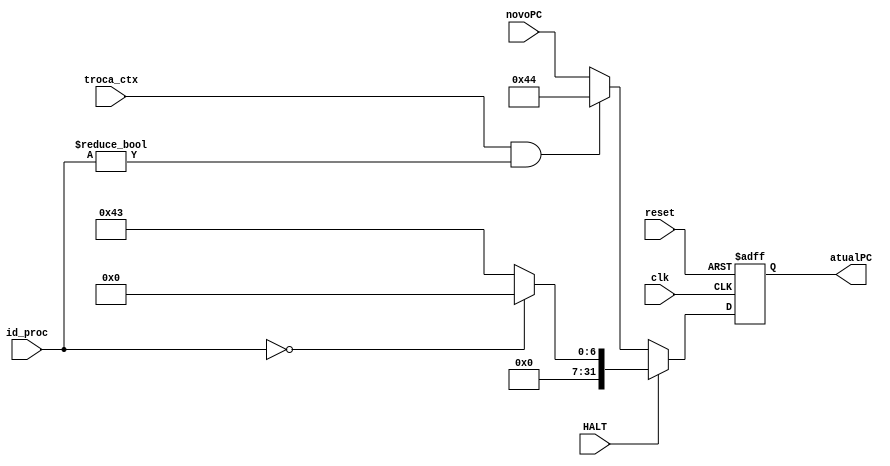
module gerencia_PC(clk, novoPC, atualPC, reset, HALT, id_proc, troca_ctx);
input clk, reset, HALT, troca_ctx;
input [1:0] id_proc;
input[31:0] novoPC;
output[31:0] atualPC;
reg [31:0] proxPC;

assign atualPC = proxPC;

always @(posedge clk or posedge reset) begin
	if(reset == 1) begin
		proxPC <= 0;
	end
	else if(HALT == 1)
	begin
		if(id_proc == 0)
			proxPC <= 0;
		else
			proxPC <= 67; // (P - 3)
	end
	else if (troca_ctx == 1 && id_proc != 0)
		proxPC <= 68; // (P - 2)
	else
		proxPC <= novoPC;
end


endmodule